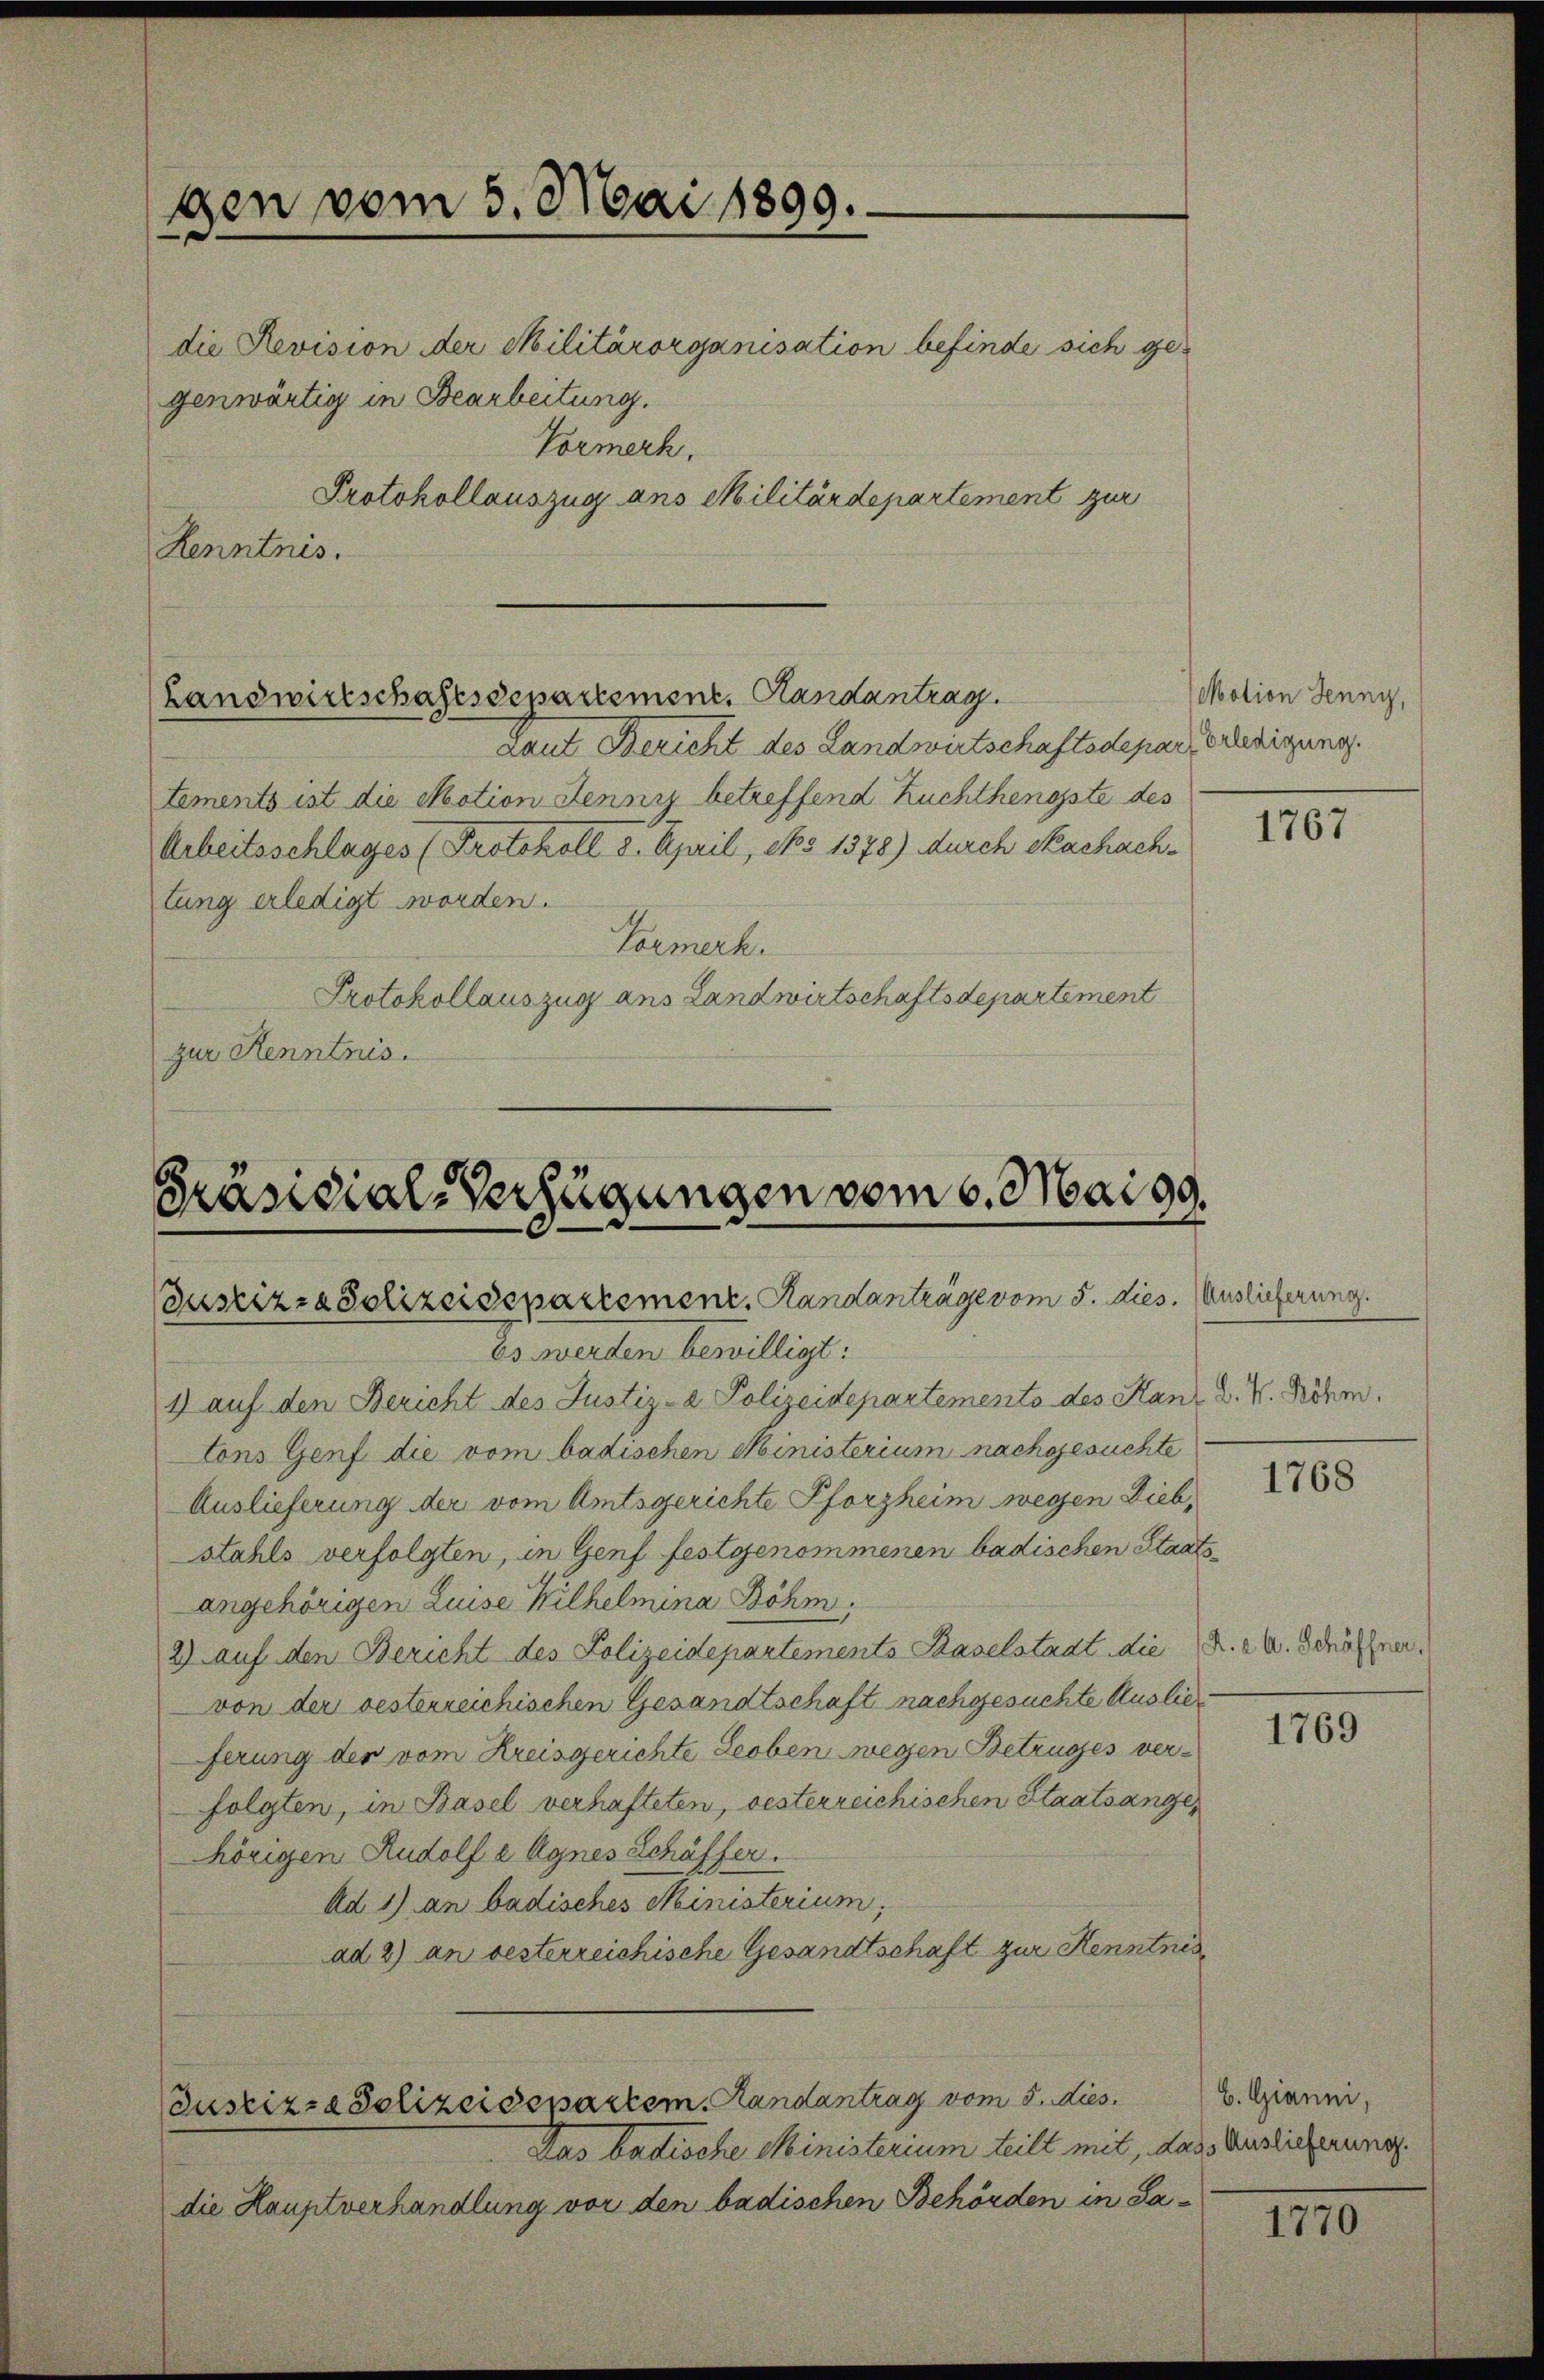
gen vom 5. Mai 1899.

die Revision der Militärorganisation befinde sich gegenwärtig in Bearbeitung.

Vormerk.
Protokollauszug ans Militärdepartement zur
Kenntnis.

Landwirtschaftsdepartement. Handantrag

Laut Bericht des Landwirtschaftsdepart erledigung.
tements ist die Motion Jenniz betreffend Zuchthengste des
Arbeitsschlages (Protokoll 8. April, No 1378) durch Nachachtung erledigt worden.
Formerk.
Protokollauszug aus Landwirtschaftsdepartement
zur Kenntnis.

Präsidial-Verfügungen vom 6. Mai 99.
Justiz- & Polizeidepartement. Handanträge vom 5. dies. (Auslieferung.

Justiz- & Polizeisepartem Randantrag vom 5. dies

Das badische Ministerium teilt mit, dass Auslieferung.
die Hauptverhandlung vor den badischen Behörden in Sa

Es werden bewilligt:
1) auf den Bericht des Justiz- & Polizeidepartemento des Kanz D. V. Röhm.
tons Genf die vom badischen Ministerium nachgesuchte
Auslieferung der vom Amtsgerichte Pforzheim wegen Diebstahls verfolgten, in Genf festgenommenen badischen Staatsangehörigen Luise Wilhelmina Böhm,
2) auf den Bericht des Polizeidepartements Baselstadt die K. A. Schöfer.
von der besterreichischen Gesandtschaft nachgesuchte Auslie
ferung der vom Kreisgerichte Leoben wegen Betruges verfolgten, in Basel verhafteten, vesterreichischen Staatsange,
hörigen Rudolf a Agnes Schäffer.
Ad 1) an badisches Ministerium,
ad 2) an besterreichische Gesandtschaft zur Kenntnis

Motion Jenny,

105

1768

1769

b. Gianni,
e

1170